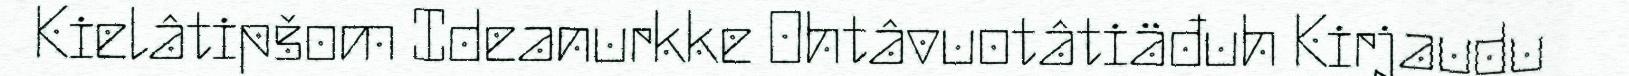
Kielâtipšom Ideanurkke Ohtâvuotâtiäđuh Kirjaudu